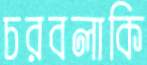
চরবলাকি